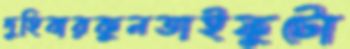
দুহিবারকুনতাইফুটো